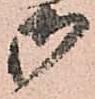
御